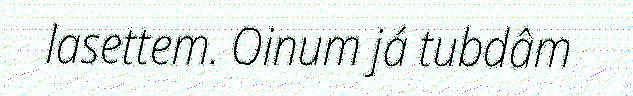
lasettem. Oinum já tubdâm